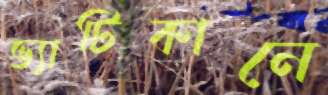
ভ্যাটিকানে